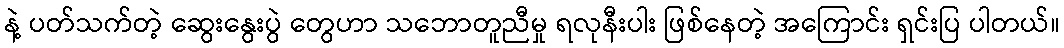
နဲ့ ပတ်သက်တဲ့ ဆွေးနွေးပွဲ တွေဟာ သဘောတူညီမှု ရလုနီးပါး ဖြစ်နေတဲ့ အကြောင်း ရှင်းပြ ပါတယ်။